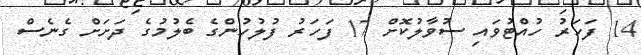
14 ފަހަރު ހުއްޓުވައި ސުވާލުކޮށް 17 ފަހަރު ފުލުހުންގެ ބެލުމުގެ ދަށަށް ގެނެސް